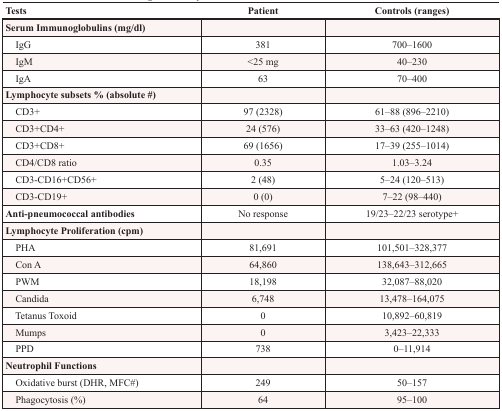
<table><thead><tr><td><b>Tests</b></td><td><b>Patient</b></td><td><b>Controls (ranges)</b></td></tr></thead><tbody><tr><td><b>Serum Immunoglobulins (mg/dl)</b></td><td></td><td></td></tr><tr><td> IgG</td><td>381</td><td>700–1600</td></tr><tr><td> IgM</td><td>&lt;25 mg</td><td>40–230</td></tr><tr><td> IgA</td><td>63</td><td>70–400</td></tr><tr><td><b>Lymphocyte subsets % (absolute #)</b></td><td></td><td></td></tr><tr><td> CD3+</td><td>97 (2328)</td><td>61–88 (896–2210)</td></tr><tr><td> CD3+CD4+</td><td>24 (576)</td><td>33–63 (420–1248)</td></tr><tr><td> CD3+CD8+</td><td>69 (1656)</td><td>17–39 (255–1014)</td></tr><tr><td> CD4/CD8 ratio</td><td>0.35</td><td>1.03–3.24</td></tr><tr><td> CD3-CD16+CD56+</td><td>2 (48)</td><td>5–24 (120–513)</td></tr><tr><td> CD3-CD19+</td><td>0 (0)</td><td>7–22 (98–440)</td></tr><tr><td><b>Anti-pneumococcal antibodies</b></td><td>No response</td><td>19/23–22/23 serotype+</td></tr><tr><td><b>Lymphocyte Proliferation (cpm)</b></td><td></td><td></td></tr><tr><td> PHA</td><td>81,691</td><td>101,501–328,377</td></tr><tr><td> Con A</td><td>64,860</td><td>138,643–312,665</td></tr><tr><td> PWM</td><td>18,198</td><td>32,087–88,020</td></tr><tr><td> Candida</td><td>6,748</td><td>13,478–164,075</td></tr><tr><td> Tetanus Toxoid</td><td>0</td><td>10,892–60,819</td></tr><tr><td> Mumps</td><td>0</td><td>3,423–22,333</td></tr><tr><td> PPD</td><td>738</td><td>0–11,914</td></tr><tr><td><b>Neutrophil Functions</b></td><td></td><td></td></tr><tr><td> Oxidative burst (DHR, MFC#)</td><td>249</td><td>50–157</td></tr><tr><td> Phagocytosis (%)</td><td>64</td><td>95–100</td></tr></tbody></table>